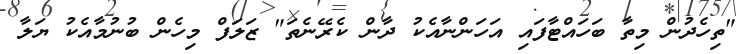
"ތިހެދުން މިތާ ބަހައްޓާފައި އަހަންނާއެކު ދާން ކެރޭނެތަ" ޒަލަފް މިހެން ބުނުމާއެކު ޔަލާ